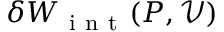
\delta W _ { \mathrm { ~ i ~ n ~ t ~ } } ( P , \mathcal { V } )